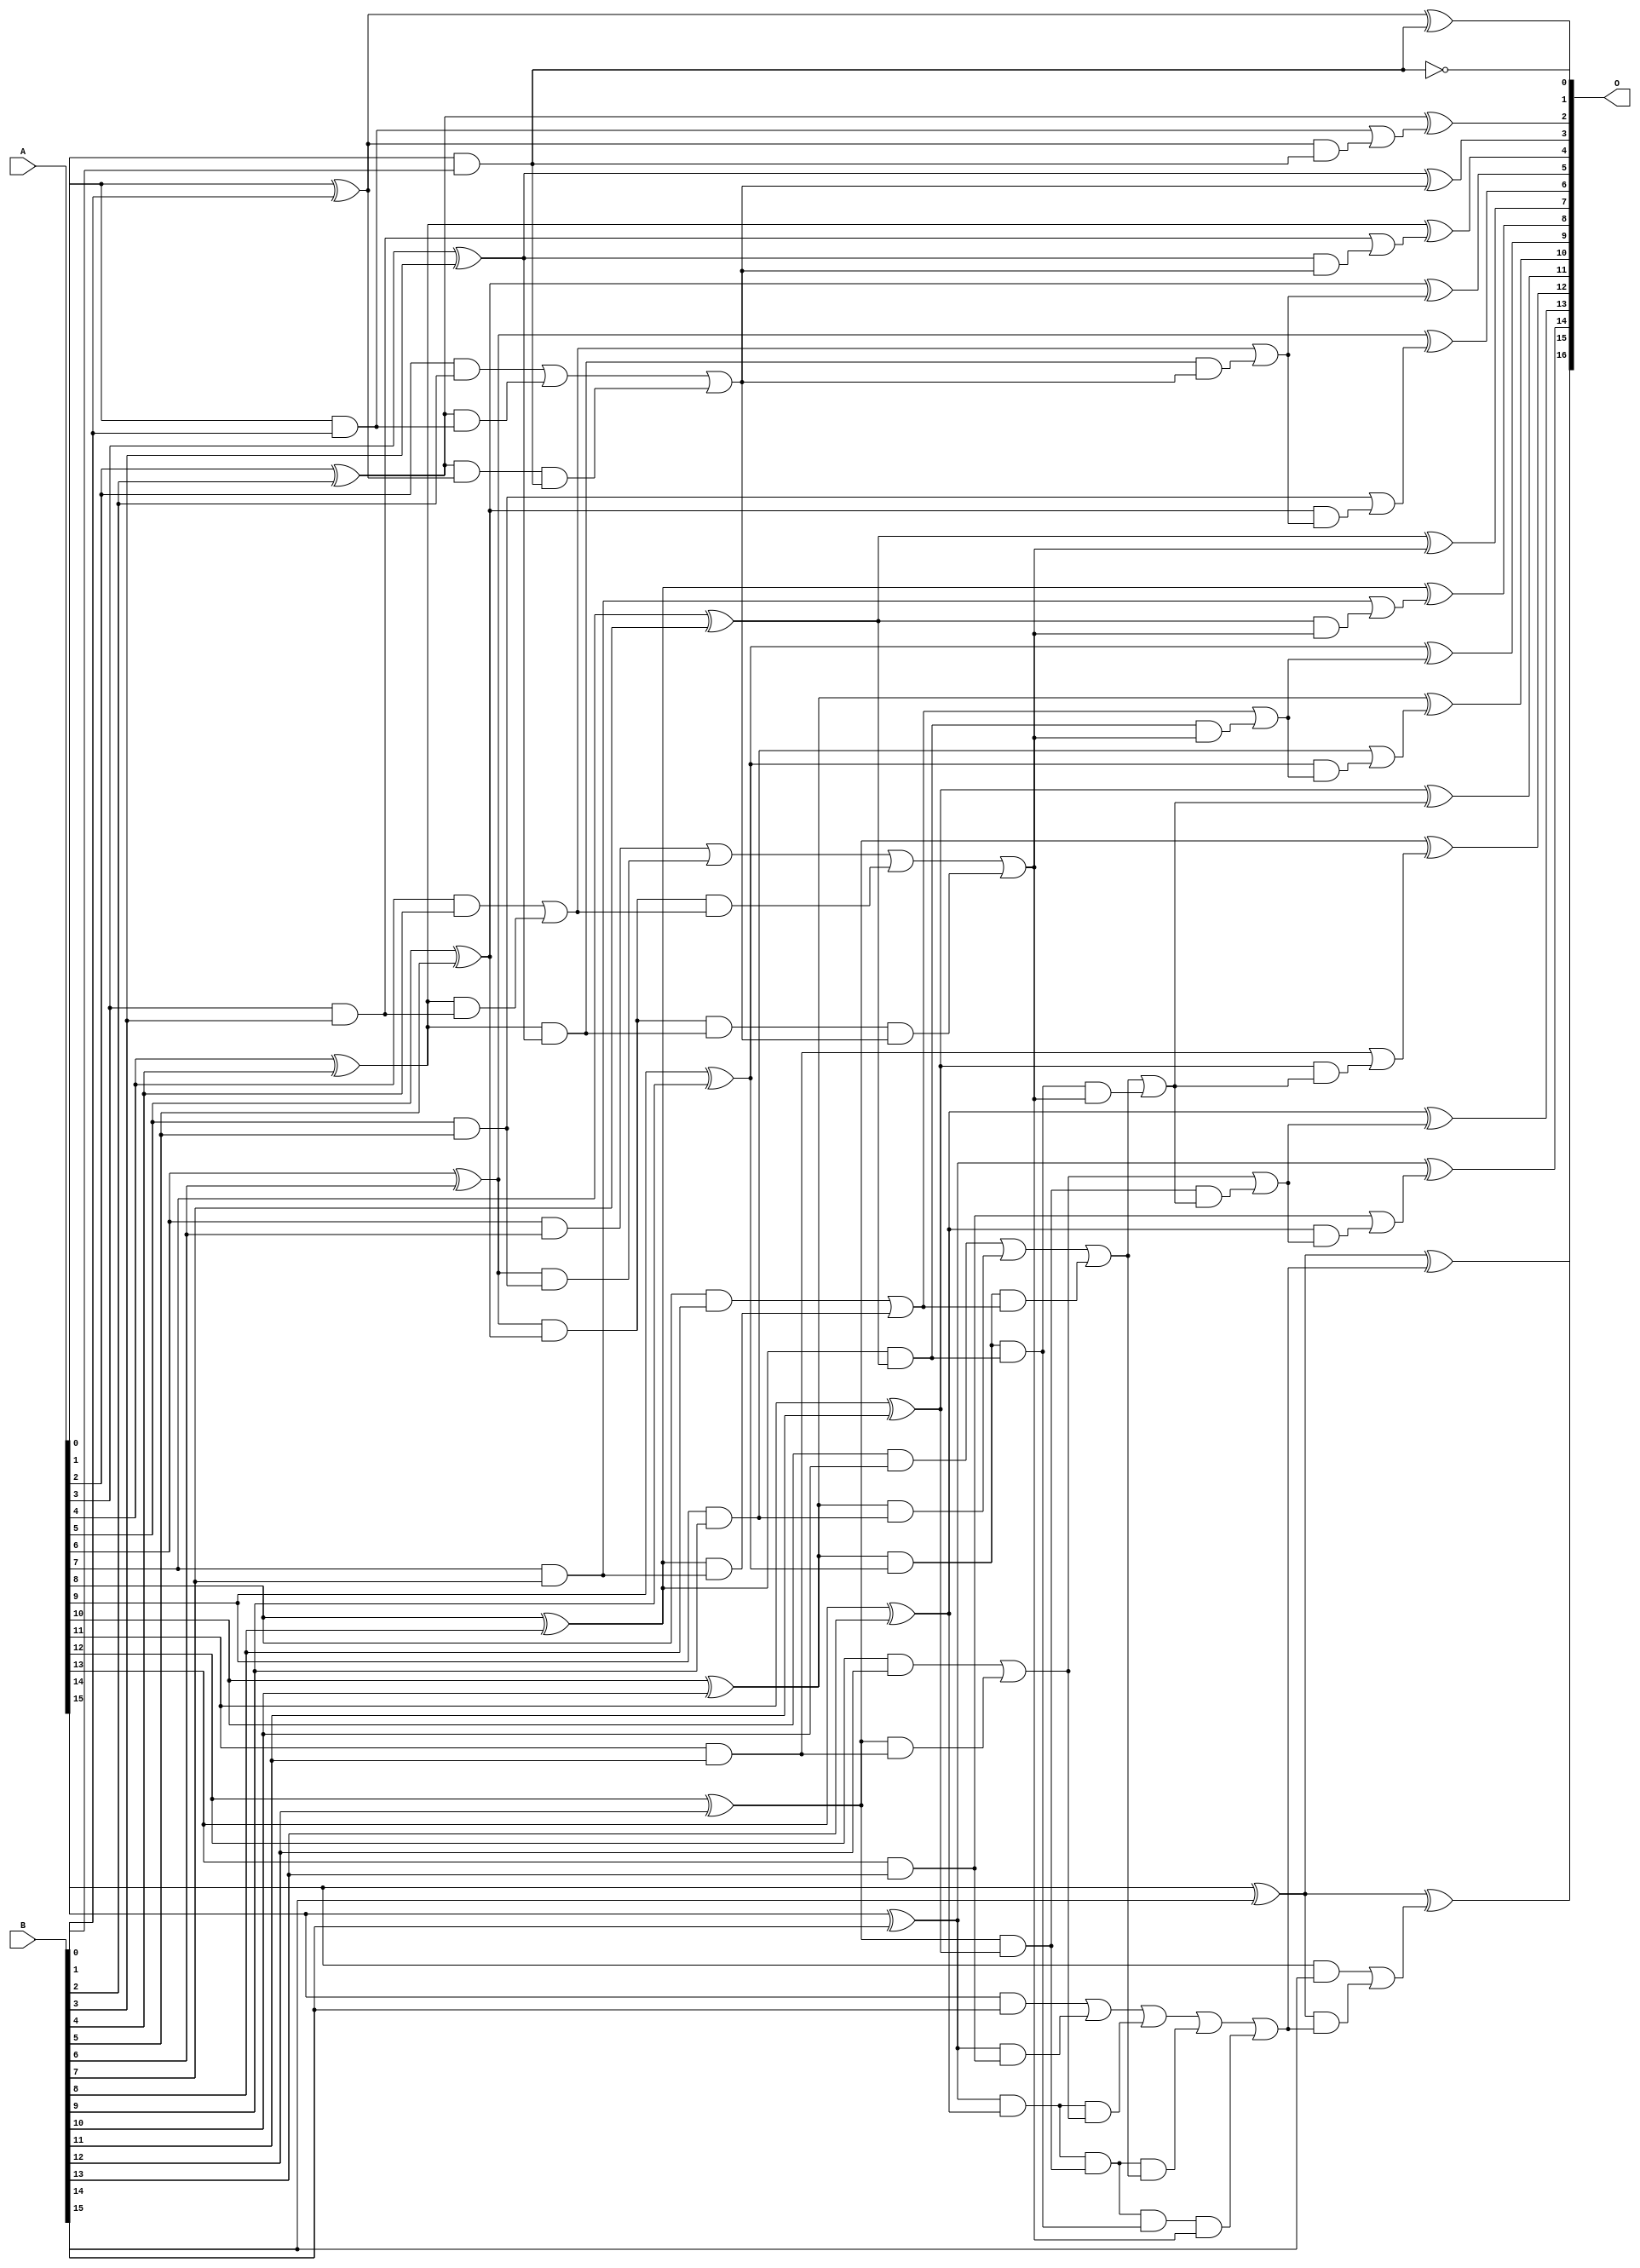
/***
* This code is a part of EvoApproxLib library (ehw.fit.vutbr.cz/approxlib) distributed under The MIT License.
* When used, please cite the following article(s): V. Mrazek, L. Sekanina, Z. Vasicek "Libraries of Approximate Circuits: Automated Design and Application in CNN Accelerators" IEEE Journal on Emerging and Selected Topics in Circuits and Systems, Vol 10, No 4, 2020 
* This file contains a circuit from a sub-set of pareto optimal circuits with respect to the pwr and mre parameters
***/
// MAE% = 0.00031 %
// MAE = 0.2 
// WCE% = 0.0015 %
// WCE = 1.0 
// WCRE% = 50.00 %
// EP% = 25.00 %
// MRE% = 0.0076 %
// MSE = 0.2 
// PDK45_PWR = 0.072 mW
// PDK45_AREA = 141.7 um2
// PDK45_DELAY = 1.28 ns

module add16se_2DN (
    A,
    B,
    O
);

input [15:0] A;
input [15:0] B;
output [16:0] O;

wire sig_32,sig_33,sig_34,sig_35,sig_36,sig_37,sig_38,sig_39,sig_40,sig_41,sig_42,sig_43,sig_44,sig_45,sig_46,sig_47,sig_48,sig_49,sig_50,sig_51;
wire sig_52,sig_53,sig_54,sig_55,sig_56,sig_57,sig_58,sig_59,sig_60,sig_61,sig_62,sig_63,sig_64,sig_65,sig_66,sig_67,sig_68,sig_69,sig_70,sig_71;
wire sig_72,sig_73,sig_74,sig_75,sig_76,sig_77,sig_78,sig_79,sig_80,sig_81,sig_82,sig_83,sig_84,sig_85,sig_86,sig_87,sig_88,sig_89,sig_90,sig_91;
wire sig_92,sig_93,sig_94,sig_95,sig_96,sig_97,sig_98,sig_99,sig_100,sig_101,sig_102,sig_103,sig_104,sig_105,sig_106,sig_107,sig_108,sig_109,sig_110,sig_111;
wire sig_112,sig_113,sig_114,sig_115,sig_116,sig_117,sig_118,sig_119,sig_120,sig_121,sig_122,sig_123,sig_124,sig_125,sig_126,sig_127,sig_128,sig_129,sig_130,sig_131;
wire sig_132,sig_133,sig_134,sig_135,sig_136,sig_137,sig_138,sig_139,sig_140,sig_141,sig_142,sig_143;

assign sig_32 = A[0] & B[0];
assign sig_33 = ~(A[0] & B[0]);
assign sig_34 = A[1] & B[1];
assign sig_35 = A[1] ^ B[1];
assign sig_36 = A[2] & B[2];
assign sig_37 = A[2] ^ B[2];
assign sig_38 = A[3] & B[3];
assign sig_39 = A[3] ^ B[3];
assign sig_40 = A[4] & B[4];
assign sig_41 = A[4] ^ B[4];
assign sig_42 = A[5] & B[5];
assign sig_43 = A[5] ^ B[5];
assign sig_44 = A[6] & B[6];
assign sig_45 = A[6] ^ B[6];
assign sig_46 = A[7] & B[7];
assign sig_47 = A[7] ^ B[7];
assign sig_48 = A[8] & B[8];
assign sig_49 = A[8] ^ B[8];
assign sig_50 = A[9] & B[9];
assign sig_51 = A[9] ^ B[9];
assign sig_52 = A[10] & B[10];
assign sig_53 = A[10] ^ B[10];
assign sig_54 = A[11] & B[11];
assign sig_55 = A[11] ^ B[11];
assign sig_56 = A[12] & B[12];
assign sig_57 = A[12] ^ B[12];
assign sig_58 = A[13] & B[13];
assign sig_59 = A[13] ^ B[13];
assign sig_60 = A[14] & B[14];
assign sig_61 = A[14] ^ B[14];
assign sig_62 = A[15] & B[15];
assign sig_63 = A[15] ^ B[15];
assign sig_64 = A[15] ^ B[15];
assign sig_65 = sig_37 & sig_34;
assign sig_66 = sig_37 & sig_35;
assign sig_67 = sig_36 | sig_65;
assign sig_68 = sig_41 & sig_38;
assign sig_69 = sig_41 & sig_39;
assign sig_70 = sig_40 | sig_68;
assign sig_71 = sig_45 & sig_42;
assign sig_72 = sig_45 & sig_43;
assign sig_73 = sig_44 | sig_71;
assign sig_74 = sig_49 & sig_46;
assign sig_75 = sig_49 & sig_47;
assign sig_76 = sig_48 | sig_74;
assign sig_77 = sig_53 & sig_50;
assign sig_78 = sig_53 & sig_51;
assign sig_79 = sig_52 | sig_77;
assign sig_80 = sig_57 & sig_54;
assign sig_81 = sig_57 & sig_55;
assign sig_82 = sig_56 | sig_80;
assign sig_83 = sig_61 & sig_58;
assign sig_84 = sig_61 & sig_59;
assign sig_85 = sig_60 | sig_83;
assign sig_86 = sig_66 & sig_32;
assign sig_87 = sig_67 | sig_86;
assign sig_88 = sig_72 & sig_70;
assign sig_89 = sig_72 & sig_69;
assign sig_90 = sig_73 | sig_88;
assign sig_91 = sig_78 & sig_76;
assign sig_92 = sig_78 & sig_75;
assign sig_93 = sig_79 | sig_91;
assign sig_94 = sig_84 & sig_82;
assign sig_95 = sig_84 & sig_81;
assign sig_96 = sig_85 | sig_94;
assign sig_97 = sig_89 & sig_87;
assign sig_98 = sig_90 | sig_97;
assign sig_99 = sig_95 & sig_93;
assign sig_100 = sig_95 & sig_92;
assign sig_101 = sig_96 | sig_99;
assign sig_102 = sig_100 & sig_98;
assign sig_103 = sig_101 | sig_102;
assign sig_104 = sig_92 & sig_98;
assign sig_105 = sig_93 | sig_104;
assign sig_106 = sig_69 & sig_87;
assign sig_107 = sig_70 | sig_106;
assign sig_108 = sig_75 & sig_98;
assign sig_109 = sig_76 | sig_108;
assign sig_110 = sig_81 & sig_105;
assign sig_111 = sig_82 | sig_110;
assign sig_112 = sig_35 & sig_32;
assign sig_113 = sig_34 | sig_112;
assign sig_114 = sig_39 & sig_87;
assign sig_115 = sig_38 | sig_114;
assign sig_116 = sig_43 & sig_107;
assign sig_117 = sig_42 | sig_116;
assign sig_118 = sig_47 & sig_98;
assign sig_119 = sig_46 | sig_118;
assign sig_120 = sig_51 & sig_109;
assign sig_121 = sig_50 | sig_120;
assign sig_122 = sig_55 & sig_105;
assign sig_123 = sig_54 | sig_122;
assign sig_124 = sig_59 & sig_111;
assign sig_125 = sig_58 | sig_124;
assign sig_126 = sig_63 & sig_103;
assign sig_127 = sig_62 | sig_126;
assign sig_128 = sig_35 ^ sig_32;
assign sig_129 = sig_37 ^ sig_113;
assign sig_130 = sig_39 ^ sig_87;
assign sig_131 = sig_41 ^ sig_115;
assign sig_132 = sig_43 ^ sig_107;
assign sig_133 = sig_45 ^ sig_117;
assign sig_134 = sig_47 ^ sig_98;
assign sig_135 = sig_49 ^ sig_119;
assign sig_136 = sig_51 ^ sig_109;
assign sig_137 = sig_53 ^ sig_121;
assign sig_138 = sig_55 ^ sig_105;
assign sig_139 = sig_57 ^ sig_123;
assign sig_140 = sig_59 ^ sig_111;
assign sig_141 = sig_61 ^ sig_125;
assign sig_142 = sig_63 ^ sig_103;
assign sig_143 = sig_64 ^ sig_127;

assign O[16] = sig_143;
assign O[15] = sig_142;
assign O[14] = sig_141;
assign O[13] = sig_140;
assign O[12] = sig_139;
assign O[11] = sig_138;
assign O[10] = sig_137;
assign O[9] = sig_136;
assign O[8] = sig_135;
assign O[7] = sig_134;
assign O[6] = sig_133;
assign O[5] = sig_132;
assign O[4] = sig_131;
assign O[3] = sig_130;
assign O[2] = sig_129;
assign O[1] = sig_128;
assign O[0] = sig_33;

endmodule